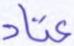
عتاد